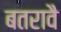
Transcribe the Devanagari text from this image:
बतरावै